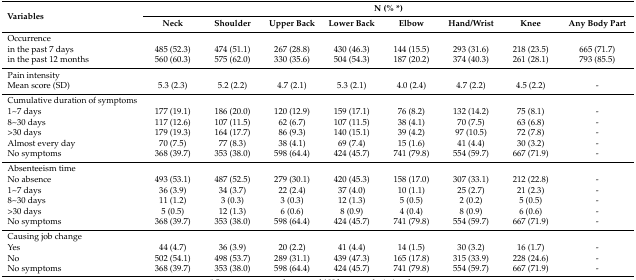
<table><thead><tr><td rowspan="2"><b>Variables</b></td><td colspan="8"><b>N (% *)</b></td></tr><tr><td><b>Neck</b></td><td><b>Shoulder</b></td><td><b>Upper Back</b></td><td><b>Lower Back</b></td><td><b>Elbow</b></td><td><b>Hand/Wrist</b></td><td><b>Knee</b></td><td><b>Any Body Part</b></td></tr></thead><tbody><tr><td>Occurrence </td><td></td><td></td><td></td><td></td><td></td><td></td><td></td><td></td></tr><tr><td>in the past 7 days</td><td>485 (52.3)</td><td>474 (51.1)</td><td>267 (28.8)</td><td>430 (46.3)</td><td>144 (15.5)</td><td>293 (31.6)</td><td>218 (23.5)</td><td>665 (71.7)</td></tr><tr><td>in the past 12 months</td><td>560 (60.3)</td><td>575 (62.0)</td><td>330 (35.6)</td><td>504 (54.3)</td><td>187 (20.2)</td><td>374 (40.3)</td><td>261 (28.1)</td><td>793 (85.5)</td></tr><tr><td>Pain intensity </td><td></td><td></td><td></td><td></td><td></td><td></td><td></td><td></td></tr><tr><td>Mean score (SD)</td><td>5.3 (2.3)</td><td>5.2 (2.2)</td><td>4.7 (2.1)</td><td>5.3 (2.1)</td><td>4.0 (2.4)</td><td>4.7 (2.2)</td><td>4.5 (2.2)</td><td>-</td></tr><tr><td>Cumulative duration of symptoms </td><td></td><td></td><td></td><td></td><td></td><td></td><td></td><td></td></tr><tr><td>1~7 days</td><td>177 (19.1)</td><td>186 (20.0)</td><td>120 (12.9)</td><td>159 (17.1)</td><td>76 (8.2)</td><td>132 (14.2)</td><td>75 (8.1)</td><td>-</td></tr><tr><td>8~30 days</td><td>117 (12.6)</td><td>107 (11.5)</td><td>62 (6.7)</td><td>107 (11.5)</td><td>38 (4.1)</td><td>70 (7.5)</td><td>63 (6.8)</td><td>-</td></tr><tr><td>&gt;30 days </td><td>179 (19.3)</td><td>164 (17.7)</td><td>86 (9.3)</td><td>140 (15.1)</td><td>39 (4.2)</td><td>97 (10.5)</td><td>72 (7.8)</td><td>-</td></tr><tr><td>Almost every day</td><td>70 (7.5)</td><td>77 (8.3)</td><td>38 (4.1)</td><td>69 (7.4)</td><td>15 (1.6)</td><td>41 (4.4)</td><td>30 (3.2)</td><td>-</td></tr><tr><td>No symptoms</td><td>368 (39.7)</td><td>353 (38.0)</td><td>598 (64.4)</td><td>424 (45.7)</td><td>741 (79.8)</td><td>554 (59.7)</td><td>667 (71.9)</td><td>-</td></tr><tr><td>Absenteeism time</td><td></td><td></td><td></td><td></td><td></td><td></td><td></td><td></td></tr><tr><td>No absence</td><td>493 (53.1)</td><td>487 (52.5)</td><td>279 (30.1)</td><td>420 (45.3)</td><td>158 (17.0)</td><td>307 (33.1)</td><td>212 (22.8)</td><td>-</td></tr><tr><td>1~7 days</td><td>36 (3.9)</td><td>34 (3.7)</td><td>22 (2.4)</td><td>37 (4.0)</td><td>10 (1.1)</td><td>25 (2.7)</td><td>21 (2.3)</td><td>-</td></tr><tr><td>8~30 days</td><td>11 (1.2)</td><td>3 (0.3)</td><td>3 (0.3)</td><td>12 (1.3)</td><td>5 (0.5)</td><td>2 (0.2)</td><td>5 (0.5)</td><td>-</td></tr><tr><td>&gt;30 days</td><td>5 (0.5)</td><td>12 (1.3)</td><td>6 (0.6)</td><td>8 (0.9)</td><td>4 (0.4)</td><td>8 (0.9)</td><td>6 (0.6)</td><td>-</td></tr><tr><td>No symptoms</td><td>368 (39.7)</td><td>353 (38.0)</td><td>598 (64.4)</td><td>424 (45.7)</td><td>741 (79.8)</td><td>554 (59.7)</td><td>667 (71.9)</td><td>-</td></tr><tr><td>Causing job change</td><td></td><td></td><td></td><td></td><td></td><td></td><td></td><td></td></tr><tr><td>Yes </td><td>44 (4.7)</td><td>36 (3.9)</td><td>20 (2.2)</td><td>41 (4.4)</td><td>14 (1.5)</td><td>30 (3.2)</td><td>16 (1.7)</td><td>-</td></tr><tr><td>No </td><td>502 (54.1)</td><td>498 (53.7)</td><td>289 (31.1)</td><td>439 (47.3)</td><td>165 (17.8)</td><td>315 (33.9)</td><td>228 (24.6)</td><td>-</td></tr><tr><td>No symptoms</td><td>368 (39.7)</td><td>353 (38.0)</td><td>598 (64.4)</td><td>424 (45.7)</td><td>741 (79.8)</td><td>554 (59.7)</td><td>667 (71.9)</td><td>-</td></tr></tbody></table>